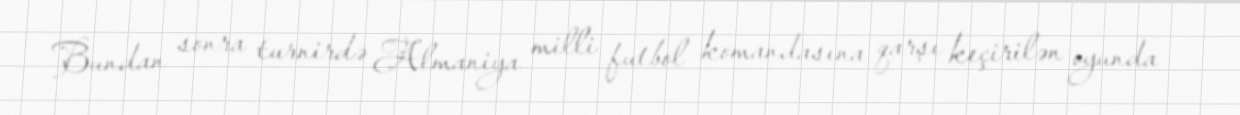
Bundan sonra turnirdə Almaniya milli futbol komandasına qarşı keçirilən oyunda